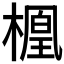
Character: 𬄑